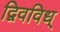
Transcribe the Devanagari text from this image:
द्विवविध्